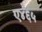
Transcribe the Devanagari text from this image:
ए४६५